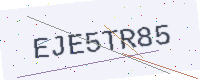
Text: EJE5TR85